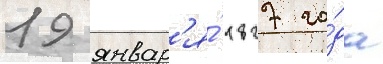
19 январ'я́ 1827 го́да